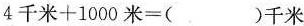
$$4 \text { 千 米 } + 1 0 0 0 \text { 米 } = $$()千米